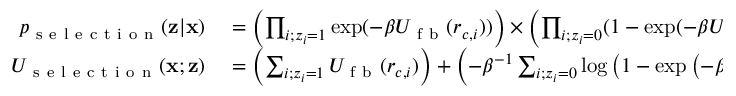
\begin{array} { r l } { p _ { \mathrm { ~ s ~ e ~ l ~ e ~ c ~ t ~ i ~ o ~ n ~ } } ( \mathbf { z } | \mathbf { x } ) } & { { } = \left( \prod _ { i ; z _ { i } = 1 } \exp ( - \beta U _ { \mathrm { ~ f ~ b ~ } } ( r _ { c , i } ) ) \right) \times \left( \prod _ { i ; z _ { i } = 0 } ( 1 - \exp ( - \beta U _ { \mathrm { ~ f ~ b ~ } } ( r _ { c , i } ) ) ) \right) } \\ { U _ { \mathrm { ~ s ~ e ~ l ~ e ~ c ~ t ~ i ~ o ~ n ~ } } ( \mathbf { x } ; \mathbf { z } ) } & { { } = \left( \sum _ { i ; z _ { i } = 1 } U _ { \mathrm { ~ f ~ b ~ } } ( r _ { c , i } ) \right) + \left( - \beta ^ { - 1 } \sum _ { i ; z _ { i } = 0 } \log \left( 1 - \exp \left( - \beta U _ { \mathrm { ~ f ~ b ~ } } ( r _ { c , i } ) \right) \right) \right) } \end{array}